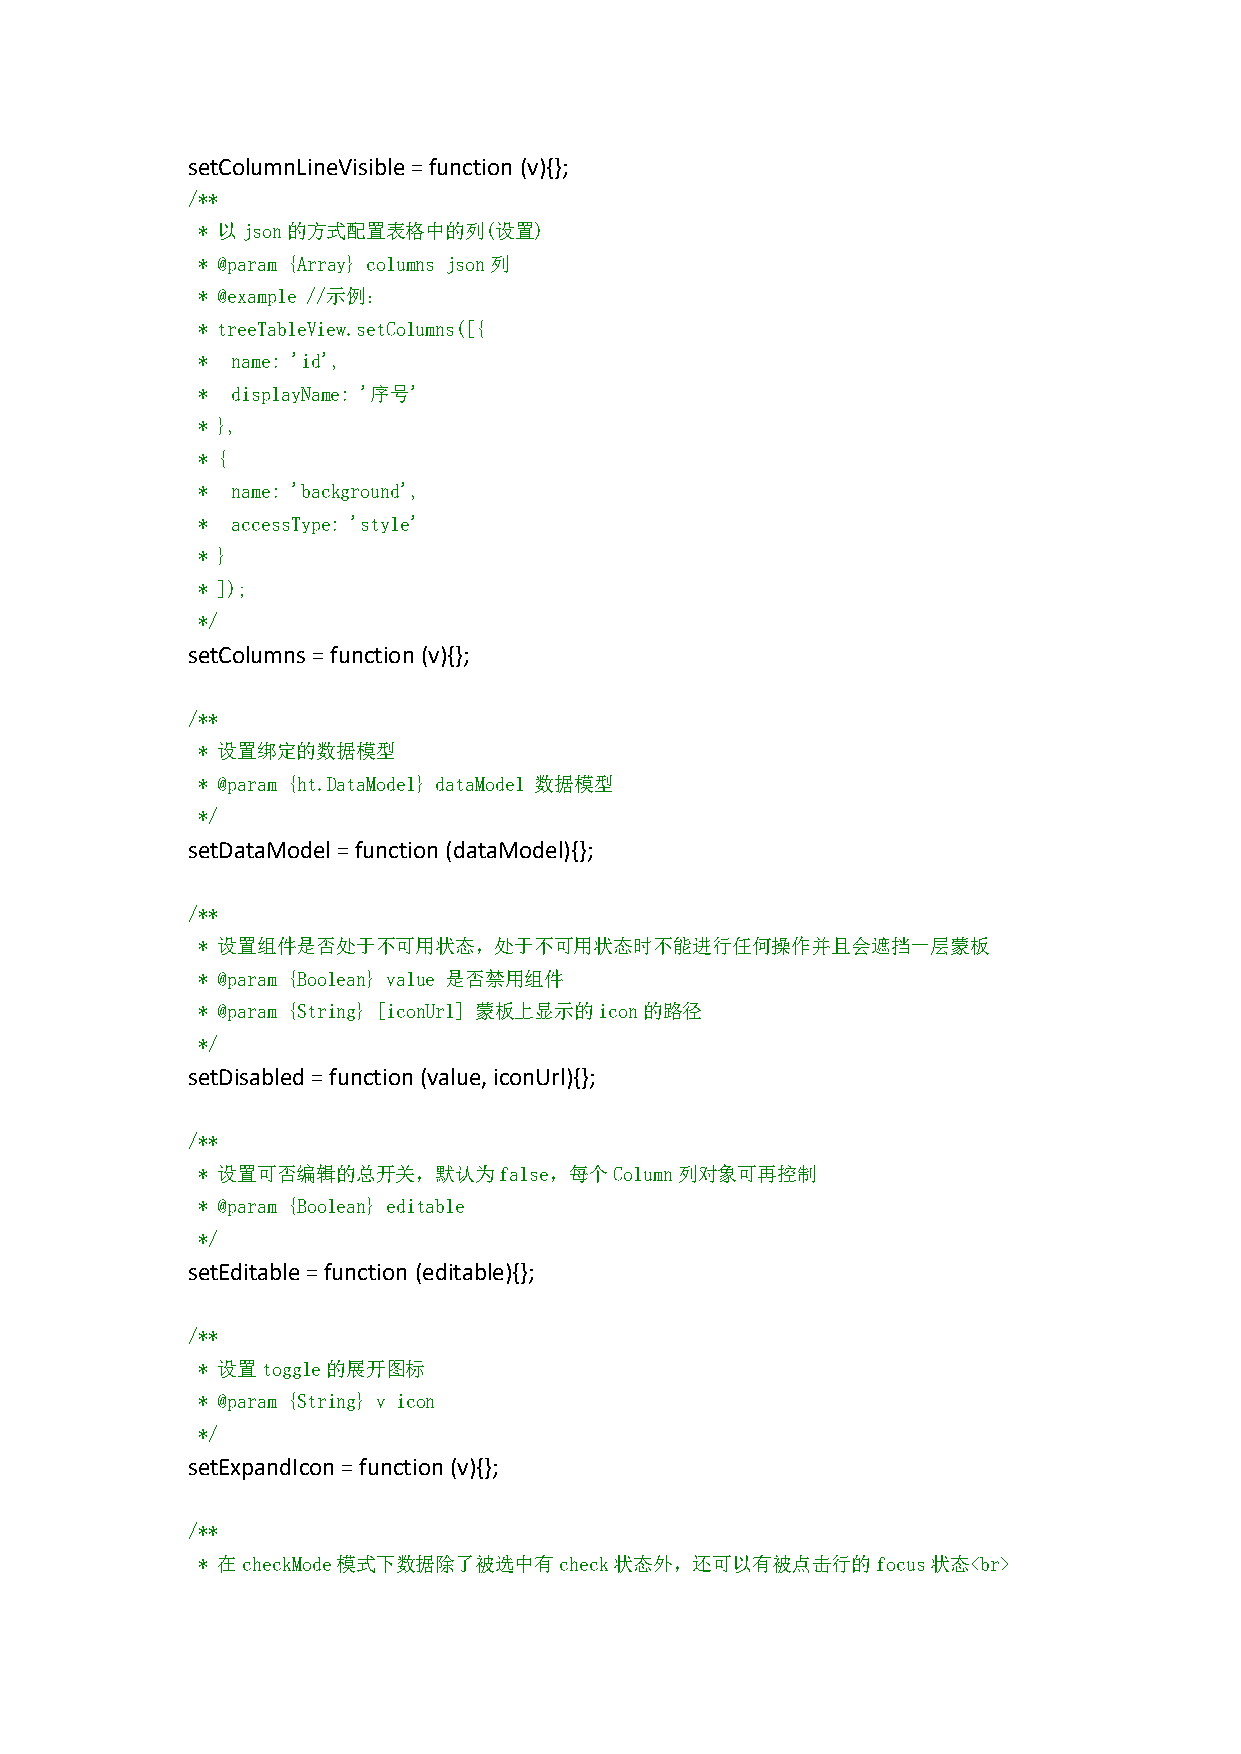
setColumnLineVisible=function (v){};
 /**
 * 以json的方式配置表格中的列(设置)
 * @param {Array} columns json列
 * @example //示例：
 * treeTableView.setColumns([{
 * name: 'id',
 * displayName: '序号'
 * },
 * {
 * name: 'background',
 * accessType: 'style'
 * }
 * ]);
 */
 setColumns=function(v){};
 /**
 * 设置绑定的数据模型
 * @param {ht.DataModel} dataModel 数据模型
 */
 setDataModel=function(dataModel){};
 /**
 * 设置组件是否处于不可用状态，处于不可用状态时不能进行任何操作并且会遮挡一层蒙板
 * @param {Boolean} value 是否禁用组件
 * @param {String} [iconUrl] 蒙板上显示的icon的路径
 */
 setDisabled=function(value,iconUrl){};
 /**
 * 设置可否编辑的总开关，默认为false，每个Column列对象可再控制
 * @param {Boolean} editable
 */
 setEditable=function (editable){};
 /**
 * 设置toggle的展开图标
 * @param {String} v icon
 */
 setExpandIcon=function(v){};
 /**
 * 在checkMode模式下数据除了被选中有check状态外，还可以有被点击行的focus状态<br>